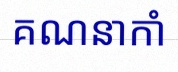
គណនាកាំ